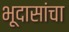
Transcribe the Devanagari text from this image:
भूदासांचा